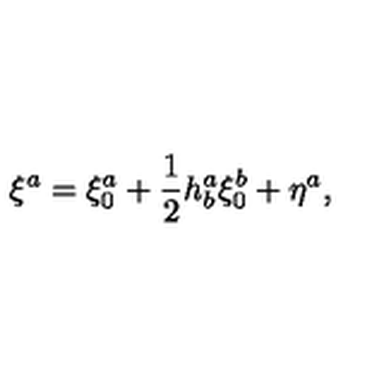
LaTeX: \xi ^ { a } = \xi _ { 0 } ^ { a } + \frac { 1 } { 2 } h _ { b } ^ { a } \xi _ { 0 } ^ { b } + \eta ^ { a } ,